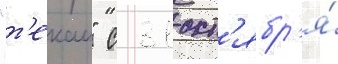
"т'екаи" с 31 окт'ябр'я́